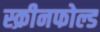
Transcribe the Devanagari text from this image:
स्क्रीनफोल्ड